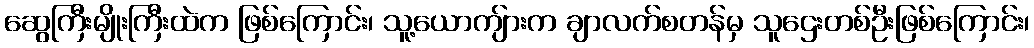
ဆွေကြီးမျိုးကြီးထဲက ဖြစ်ကြောင်း၊ သူ့ယောကျ်ားက ချာလက်စတန်မှ သူဌေးတစ်ဦးဖြစ်ကြောင်း၊